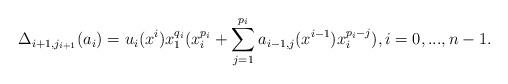
LaTeX: \begin{align*} \Delta_{i+1,j_{i+1}} ( a_{i} ) = u_{i} (x^{i}) x_1^{q_i} (x_i^{p_i}+ \sum_{j=1}^{p_i} a_{i-1,j} (x^{i-1}) x_i^{p_i-j} ) , i=0,...,n-1. \end{align*}